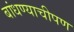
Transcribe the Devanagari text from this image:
बांधण्याचीपण